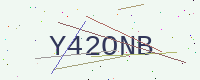
Text: Y42ONB